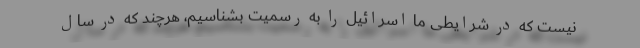
نیست که در شرایطی ما اسرائیل را به رسمیت بشناسیم، هرچند که در سال